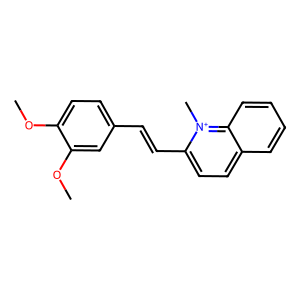
SMILES: COc1ccc(C=Cc2ccc3ccccc3[n+]2C)cc1OC
Inhibits HIV replication: No